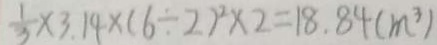
\frac { 1 } { 3 } \times 3 . 1 4 \times ( 6 \div 2 ) ^ { 2 } \times 2 = 1 8 . 8 4 ( m ^ { 3 } )